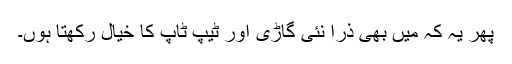
پھر یہ کہ میں بھی ذرا نئی گاڑی اور ٹیپ ٹاپ کا خیال رکھتا ہوں۔